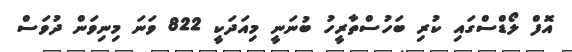
އޮފް ލޯޑްސްގައި ކުރި ބަހުސްތާރީހު ބުނަނީ މިއަދަކީ 822 ވަނަ މިނިވަން ދުވަސް